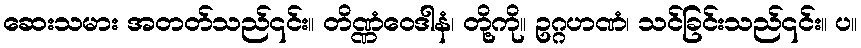
ဆေးသမား အတတ်သည်၎င်း။ တိဏ္ဏံဝေဒါနံ၊ တို့ကို။ ဥဂ္ဂဟဏံ၊ သင်ခြင်းသည်၎င်း။ ပ။